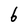
Character: 6